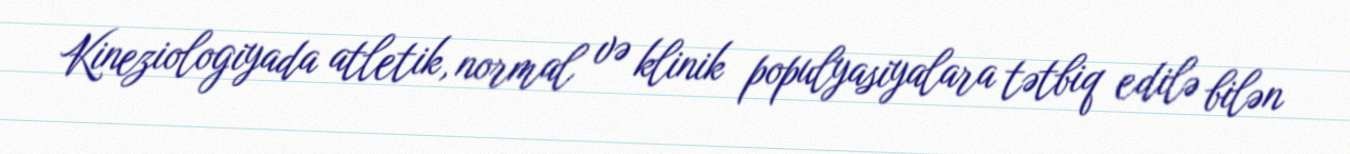
Kineziologiyada atletik, normal və klinik populyasiyalara tətbiq edilə bilən